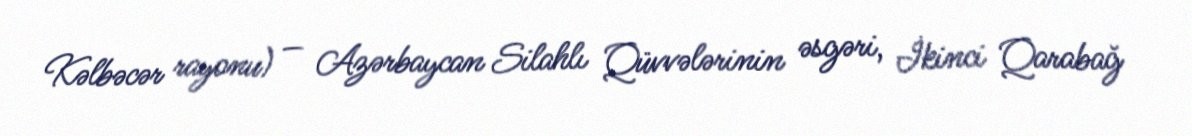
Kəlbəcər rayonu) — Azərbaycan Silahlı Qüvvələrinin əsgəri, İkinci Qarabağ